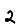
Digit: 2